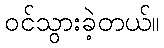
ဝင်သွားခဲ့တယ်။